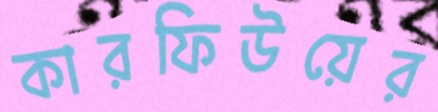
কারফিউয়ের